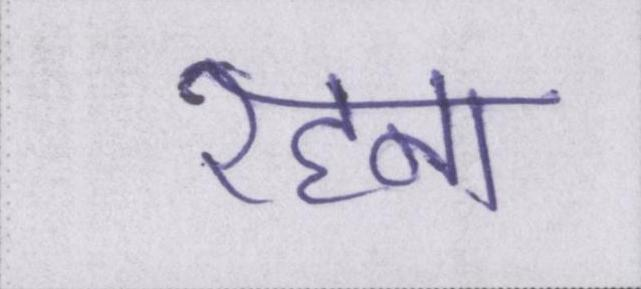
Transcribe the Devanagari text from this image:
रहना